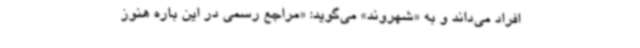
افراد می‌داند و به «شهروند» می‌گوید: «مراجع رسمی در این‌ باره هنوز